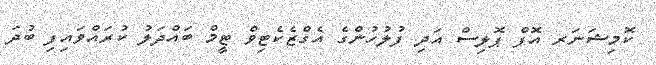
ކޮމިޝަނަރ އޮފް ޕޮލިސް އަދި ފުލުހުންގެ އެގްޒެކެޓިވް ޓީމް ބައްދަލު ކުރައްވައިފި ބުދަ